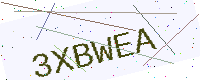
Text: 3XBWEA